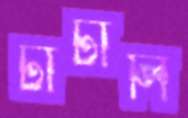
টাটালি